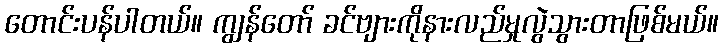
တောင်းပန်ပါတယ်။ ကျွန်တော် ခင်ဗျားကိုနားလည်မှုလွဲသွားတာဖြစ်မယ်။